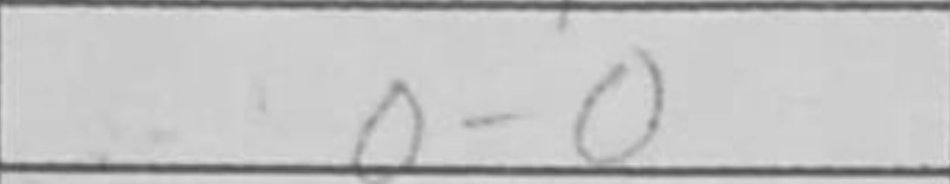
Transcription: O-O